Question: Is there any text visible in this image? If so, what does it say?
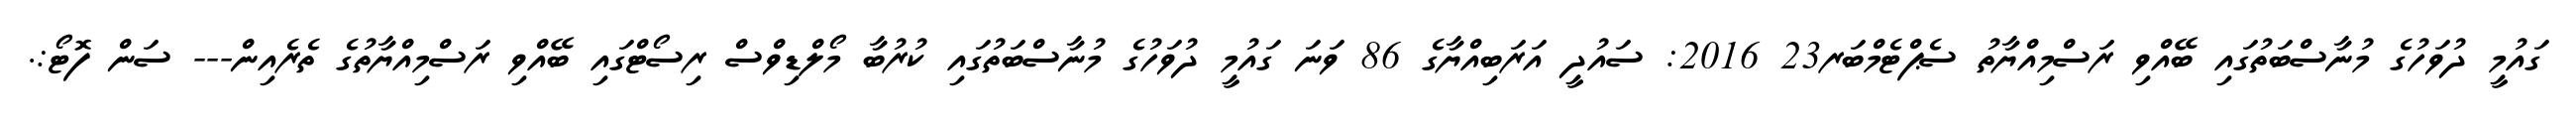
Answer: ގައުމީ ދުވަހުގެ މުނާސްބަތުގައި ބޭއްވި ރަސްމިއްޔާތު ސެޕްޓެމްބަރ23 2016: ސައުދީ އަރަބިއްޔާގެ 86 ވަނަ ގައުމީ ދުވަހުގެ މުނާސްބަތުގައި ކުރުބާ މޯލްޑިވްސް ރިސޯޓްގައި ބޭއްވި ރަސްމިއްޔާތުގެ ތެރެއިން--- ސަން ފޮޓޯ:.